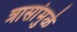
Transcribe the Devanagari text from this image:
त्रासांमुळे